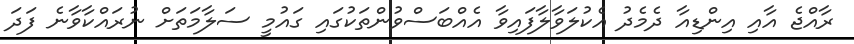
ރާއްޖެ އާއި އިންޑިއާ ދެމެދު އެކުލަވާލާފައިވާ އެއްބަސްވުންތަކުގައި ގައުމީ ސަލާމަތަށް ނުރައްކާވާނެ ފަދަ